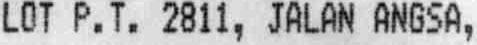
LOT P. T. 2811, JALAN ANGASA,